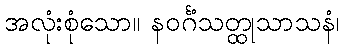
အလုံးစုံသော။ နဝင်္ဂံသတ္ထုသာသနံ၊